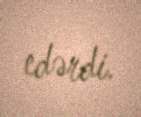
edərdi.